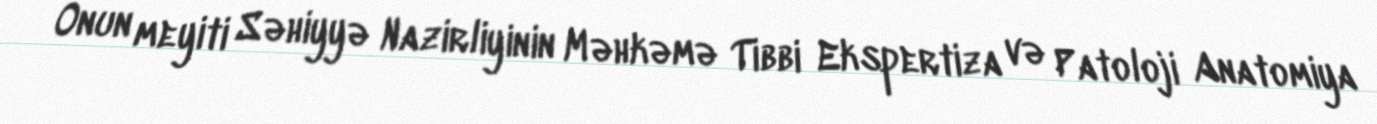
Onun meyiti Səhiyyə Nazirliyinin Məhkəmə Tibbi Ekspertiza və Patoloji Anatomiya